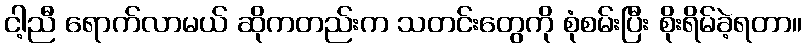
ငါ့ညီ ရောက်လာမယ် ဆိုကတည်းက သတင်းတွေကို စုံစမ်းပြီး စိုးရိမ်ခဲ့ရတာ။